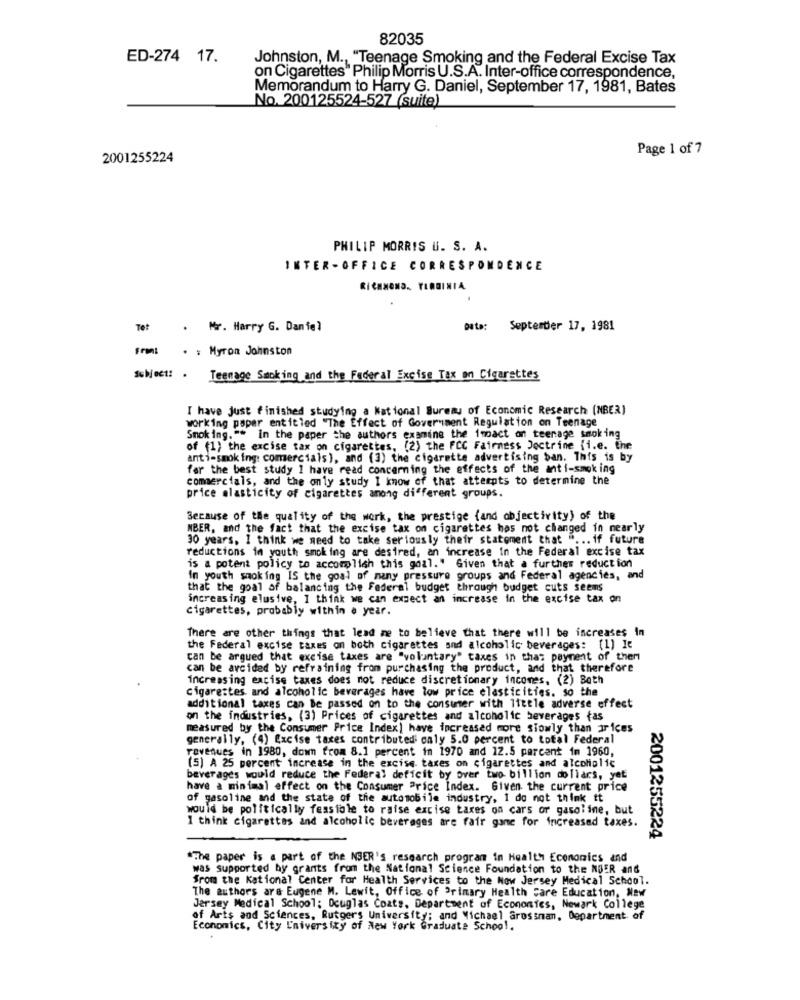
82035
ED-274 17.
Johnston, M ., "Teenage Smoking and the Federal Excise Tax
on Cigarettes" Philip Morris U.S.A. Inter-office correspondence,
Memorandum to Harry G. Daniel, September 17, 1981, Bates
No. 200125524-527 (suite)
Page 1 of 7
2001255224
PHILIP MORRIS U. S. A.
INTER -OFFICE CORRESPONDENCE
RICHMOND. YERSINIA
Tet
. Mr. Harry G. Daniel
Data:
September 17, 1981
Front
. : Myron Johnston
Subject: . Teenage Smoking and the Federal Excise Tax on Cigarettes
I have just finished studying a National Bureau of Economic Research (NBER)
working paper entitled "The Effect of Government Regulation on Teenage
Smoking."* In the paper the authors examine the impact on teenage smoking
of (1) the excise tax on cigarettes, (2) the FCC Fairness Doctrine (i.e. the
anti-smoking: comercials), and (3) the cigarette advertising ban. This is by
far the best study 1 have read concerning the effects of the anti-smoking
commercials, and the only study I know of that attempts to determine the
price elasticity of cigarettes among different groups.
Because of the quality of the work, the prestige (and objectivity) of the
MBER, and the fact that the excise tax on cigarettes has not changed in nearly
30 years, I think we need to take seriously their statement that " ... if future
reductions in youth smoking are desired, an increase in the Federal excise tax
is a potent policy to accomplish this goal." Given that a further reduction
In youth smoking IS the goal of many pressure groups and Federal agencies, and
that the goal of balancing the Federal budget through budget cuts seems
increasing elusive, I think we can expect an increase in the excise tax on
cigarettes, probably within a year.
There are other things that lead me to believe that there will be increases in
the Federal excise taxes on both cigarettes and alcoholic beverages: (1) It
can be argued that excise taxes are "voluntary" taxes in thas payment of then
can be avoided by refraining from purchasing the product, and that therefore
increasing excise taxes does not reduce discretionary incomes. (2) Both
cigarettes and alcoholic beverages have low price elasticities. so the
additional taxes can be passed on to the consumer with ittele adverse effect
on the industries, (3) Prices of cigarettes and alcoholic beverages (as
measured by the Consumer Price Index) have increased more slowly than prices
generally, (4) Excise taxes contributed only 5.0 percent to total Federal
revenues in 1980, down from 8.1 percent in 1970 and 12.5 percent in 1960,
(5) A 25 percent increase in the excise taxes on cigarettes and alcoholic
beverages would reduce the Federal deficit by over two billion dollars, yet
have a minimal effect on the Consumer Price Index. Given the current price
of gasoline and the state of the automobile industry, 1 do not think tt
would be politically feasible to raise excise taxes on cars or gasoline, but
I think cigarettes and alcoholic beverages are fair game for increased taxes.
2001255224
"The paper is a part of the NSER's research program in Health Economics and
was supported by grants from the National Science Foundation to the NUER and
from the Kational Center for Health Services to the New Jersey Medical School.
The authors are Eugene M. Lewit, Office of Primary Health care Education, New
Jersey Medical School: Douglas Coats. Department of Economics, Newark College
of Arts and Sciences, Rutgers University; and Michael Grossman, Department of
Economics, City University of New York Graduate School.